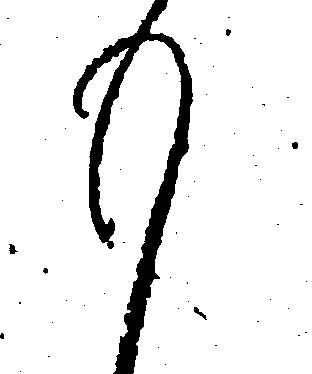
も